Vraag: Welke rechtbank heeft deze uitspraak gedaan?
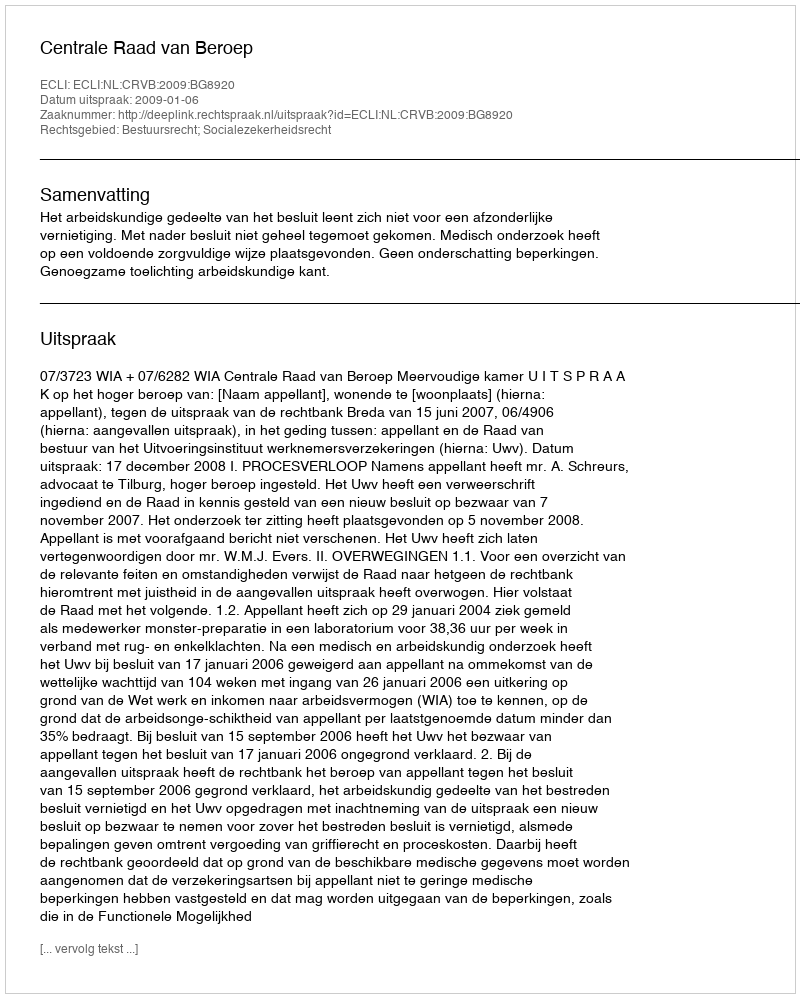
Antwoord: Centrale Raad van Beroep